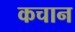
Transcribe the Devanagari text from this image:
कचान